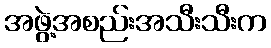
အဖွဲ့အစည်းအသီးသီးက